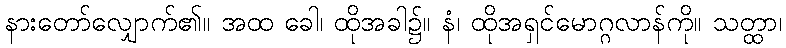
နားတော်လျှောက်၏။ အထ ခေါ၊ ထိုအခါ၌။ နံ၊ ထိုအရှင်မောဂ္ဂလာန်ကို။ သတ္ထာ၊